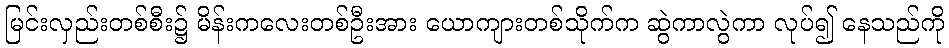
မြင်းလှည်းတစ်စီး၌ မိန်းကလေးတစ်ဦးအား ယောကျားတစ်သိုက်က ဆွဲကာလွဲကာ လုပ်၍ နေသည်ကို